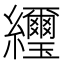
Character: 䌳